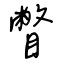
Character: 瞥